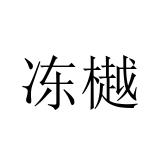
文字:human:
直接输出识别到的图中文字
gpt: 冻樾